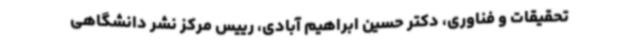
تحقیقات و فناوری، دکتر حسین ابراهیم آبادی، رییس مرکز نشر دانشگاهی